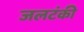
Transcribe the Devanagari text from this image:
जलटंकी